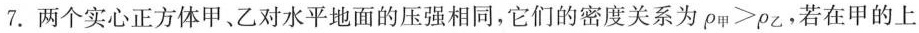
7.两个实心正方体甲、乙对水平地面的压强相同，它们的密度关系为$$\rho _ { 甲 } ＞ \rho _ { 乙 }$$，若在甲的上